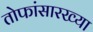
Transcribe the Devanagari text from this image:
तोफांसारख्या